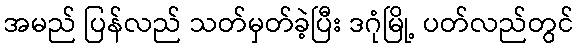
အမည် ပြန်လည် သတ်မှတ်ခဲ့ပြီး ဒဂုံမြို့ ပတ်လည်တွင်